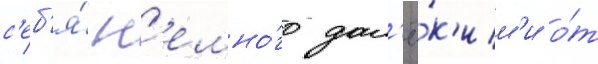
с'еб'я́ н'емно́го дал'ё́к'им'и о́т